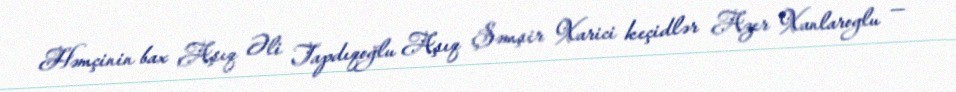
Həmçinin bax Aşıq Əli Tapdıqoğlu Aşıq Şəmşir Xarici keçidlər Azer Xanlaroglu —